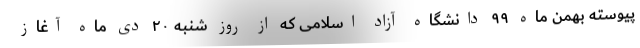
پیوسته بهمن ماه ۹۹ دانشگاه آزاد اسلامی که از روز شنبه ۲۰ دی ماه آغاز